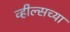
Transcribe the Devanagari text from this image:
व्हील्सच्या